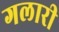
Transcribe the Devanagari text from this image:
गलारी